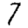
Digit: 7